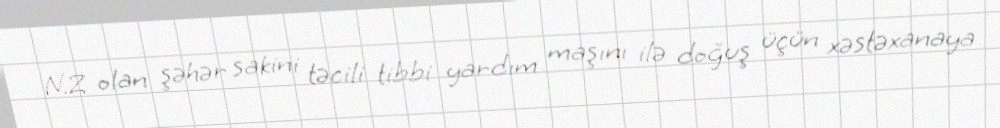
N.Z olan şəhər sakini təcili tibbi yardım maşını ilə doğuş üçün xəstəxanaya